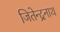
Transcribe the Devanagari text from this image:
जितेन्द्रनाथ